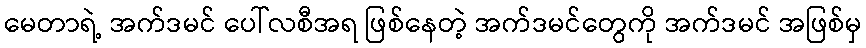
မေတာရဲ့ အက်ဒမင် ပေါ်လစီအရ ဖြစ်နေတဲ့ အက်ဒမင်တွေကို အက်ဒမင် အဖြစ်မှ